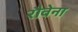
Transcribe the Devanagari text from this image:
रौवेना